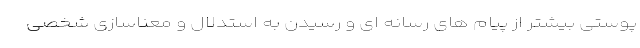
پوستی بیشتر از پیام های رسانه ای و رسیدن به استدلال و معناسازی شخصی